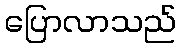
ပြောလာသည်